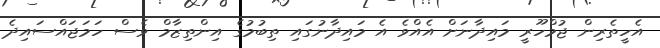
އެހީތެރިން ޖުމްހޫރީ މައިދާނަށް އެއްވެ އެ މައިދާނުގައި ތިބުމުގެ އިންތިޒާމް ވެސް ހަމަޖައްސައިދެ